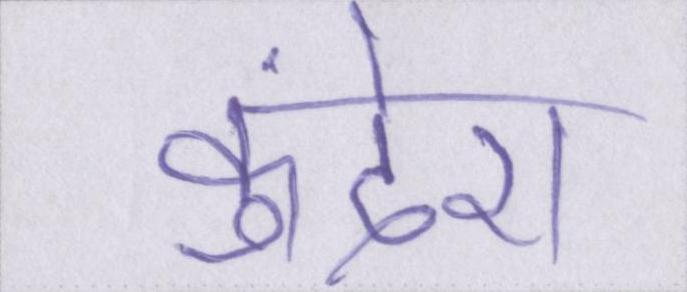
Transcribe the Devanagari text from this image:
कुंदेरा